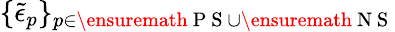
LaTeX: \{ \tilde{\epsilon}_{p}\} _{p\in\ensuremath{\mathrm{~P~S~}}\cup\ensuremath{\mathrm{~N~S~}}}